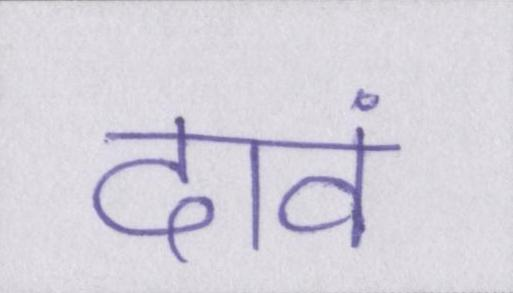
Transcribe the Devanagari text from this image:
दावं